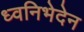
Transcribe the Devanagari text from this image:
ध्वनिभेदेन